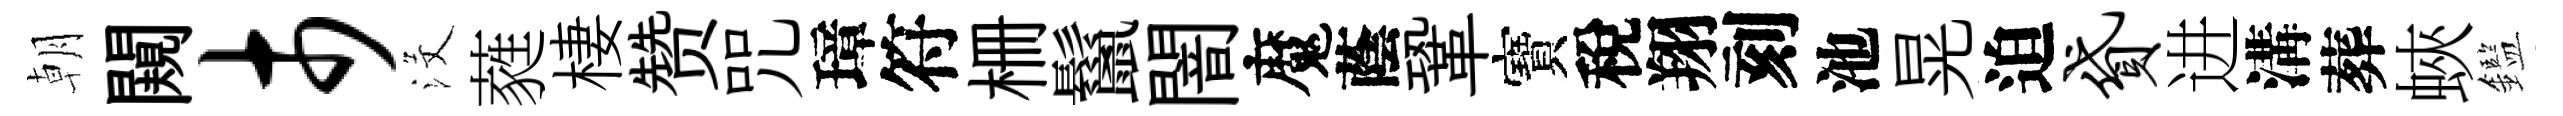
朝闚市沒蕤棲赞咒璋符栅鬣闇魔蔭鞏寶稅翔刻池晃迫贷进溝葬蛺鑑